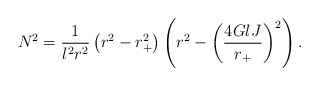
\begin{align*}N^{2}=\frac{1}{l^{2}r^{2}} \left(r^{2}-r_{+}^{2} \right)\left(r^{2}-\left(\frac{4 G l J}{r_{+}} \right)^{2}\right).\end{align*}